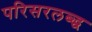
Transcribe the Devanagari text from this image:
परिसरलब्द्ध